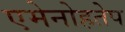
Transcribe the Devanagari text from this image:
एमेनोहतेप